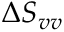
\Delta S _ { v v }